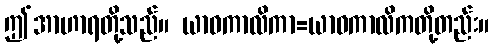
ဤအာဟာရတို့သည်။ ယာဝကာလိကာ=ယာဝကာလိကတို့တည်း။